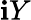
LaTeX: \mathbf{i}Y